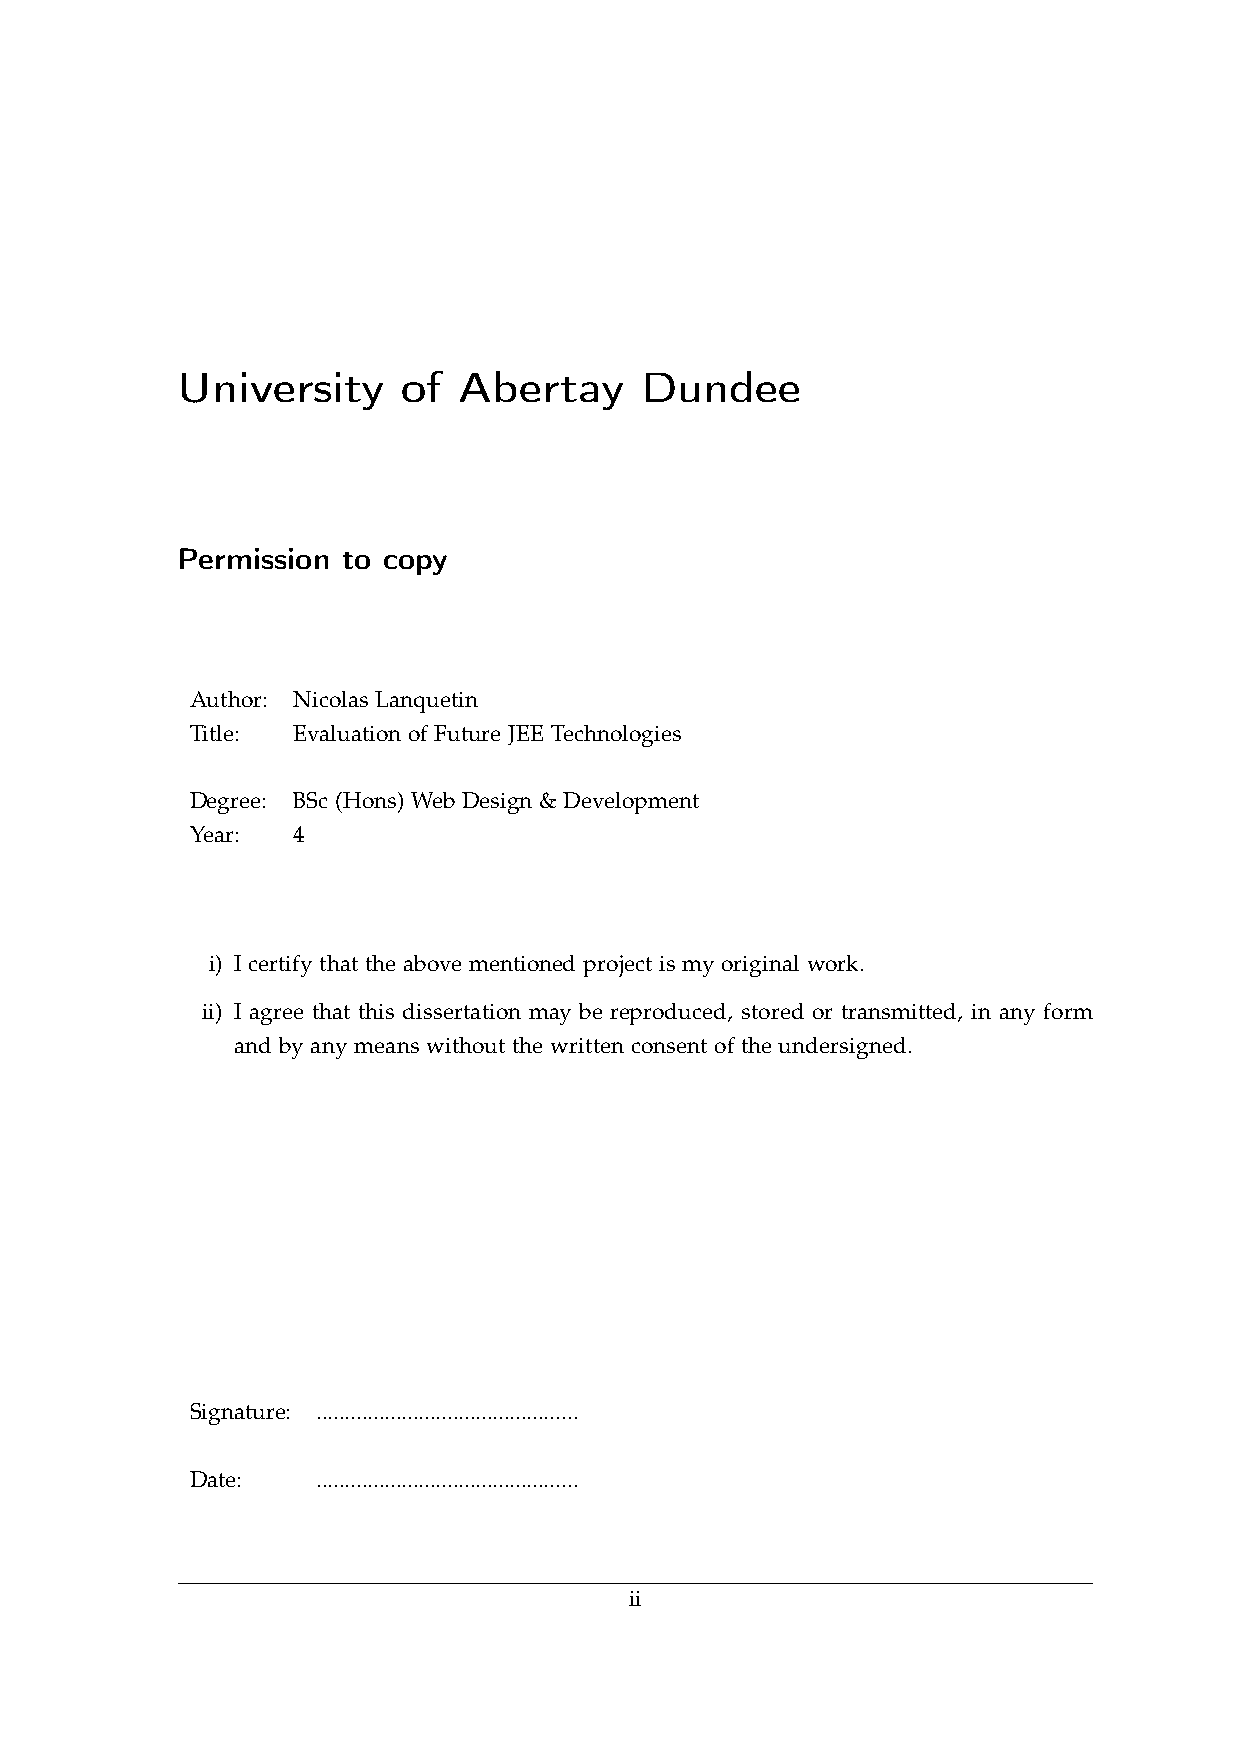
University     of Abertay     Dundee
 Permission to copy
 Author: Nicolas Lanquetin
 Title: Evaluation of Future JEE Technologies
 Degree: BSc (Hons) Web Design & Development
 Year: 4
 i) I certify that the above mentioned project is my original work.
 ii) I agree that this dissertation may be reproduced, stored or transmitted, in any form
 and by any means without the written consent of the undersigned.
 Signature: ..............................................
 Date:   ..............................................
 ii